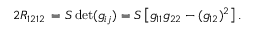
2 R _ { 1 2 1 2 } \, = S \operatorname* { d e t } ( g _ { i j } ) = S \left[ g _ { 1 1 } g _ { 2 2 } - ( g _ { 1 2 } ) ^ { 2 } \right] .